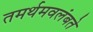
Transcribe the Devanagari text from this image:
तमर्थमवलंबते